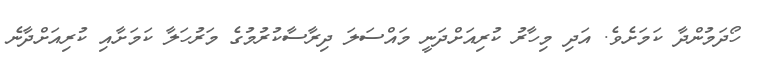
ހޯދަމުންދާ ކަމަށެވެ. އަދި މިހާރު ކުރިއަށްދަނީ މައްސަލަ ދިރާސާކުރުމުގެ މަރުހަލާ ކަމަށާއި ކުރިއަށްދާނެ